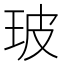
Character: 玻